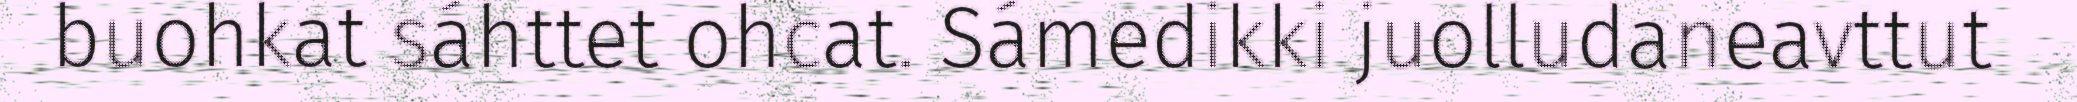
buohkat sáhttet ohcat. Sámedikki juolludaneavttut